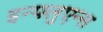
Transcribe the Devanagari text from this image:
इन्फ्लुएन्स